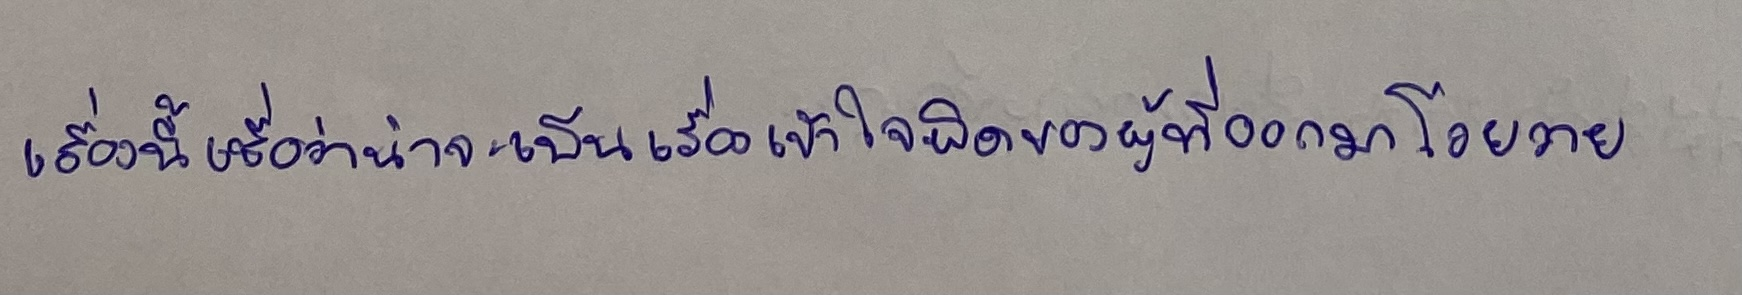
เรื่องนี้เชื่อว่าน่าจะเป็นเรื่องเข้าใจผิดของผู้ที่ออกมาโวยวาย